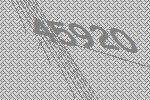
45920